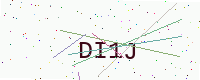
Text: DI1J